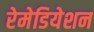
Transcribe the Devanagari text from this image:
रेमेडियेशन